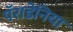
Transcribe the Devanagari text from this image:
पॅराडेनिया